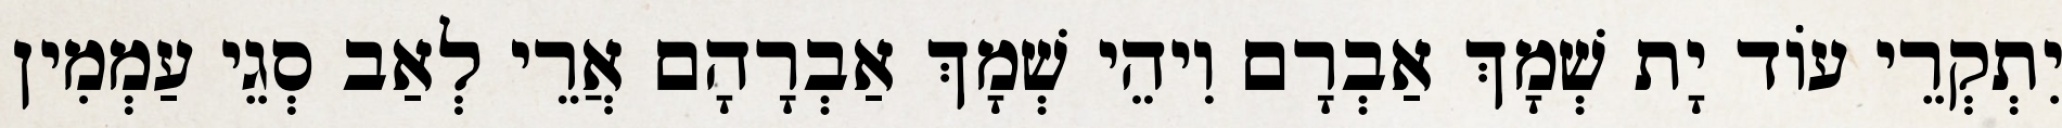
יִתְקְרֵי עוֹד יָת שְׁמָךְ אַבְרָם וִיהֵי שְׁמָךְ אַבְרָהָם אֲרֵי לְאַב סְגֵי עַמְמִין